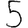
Digit: 5